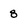
Character: 8